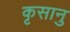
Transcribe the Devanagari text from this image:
कृसानु